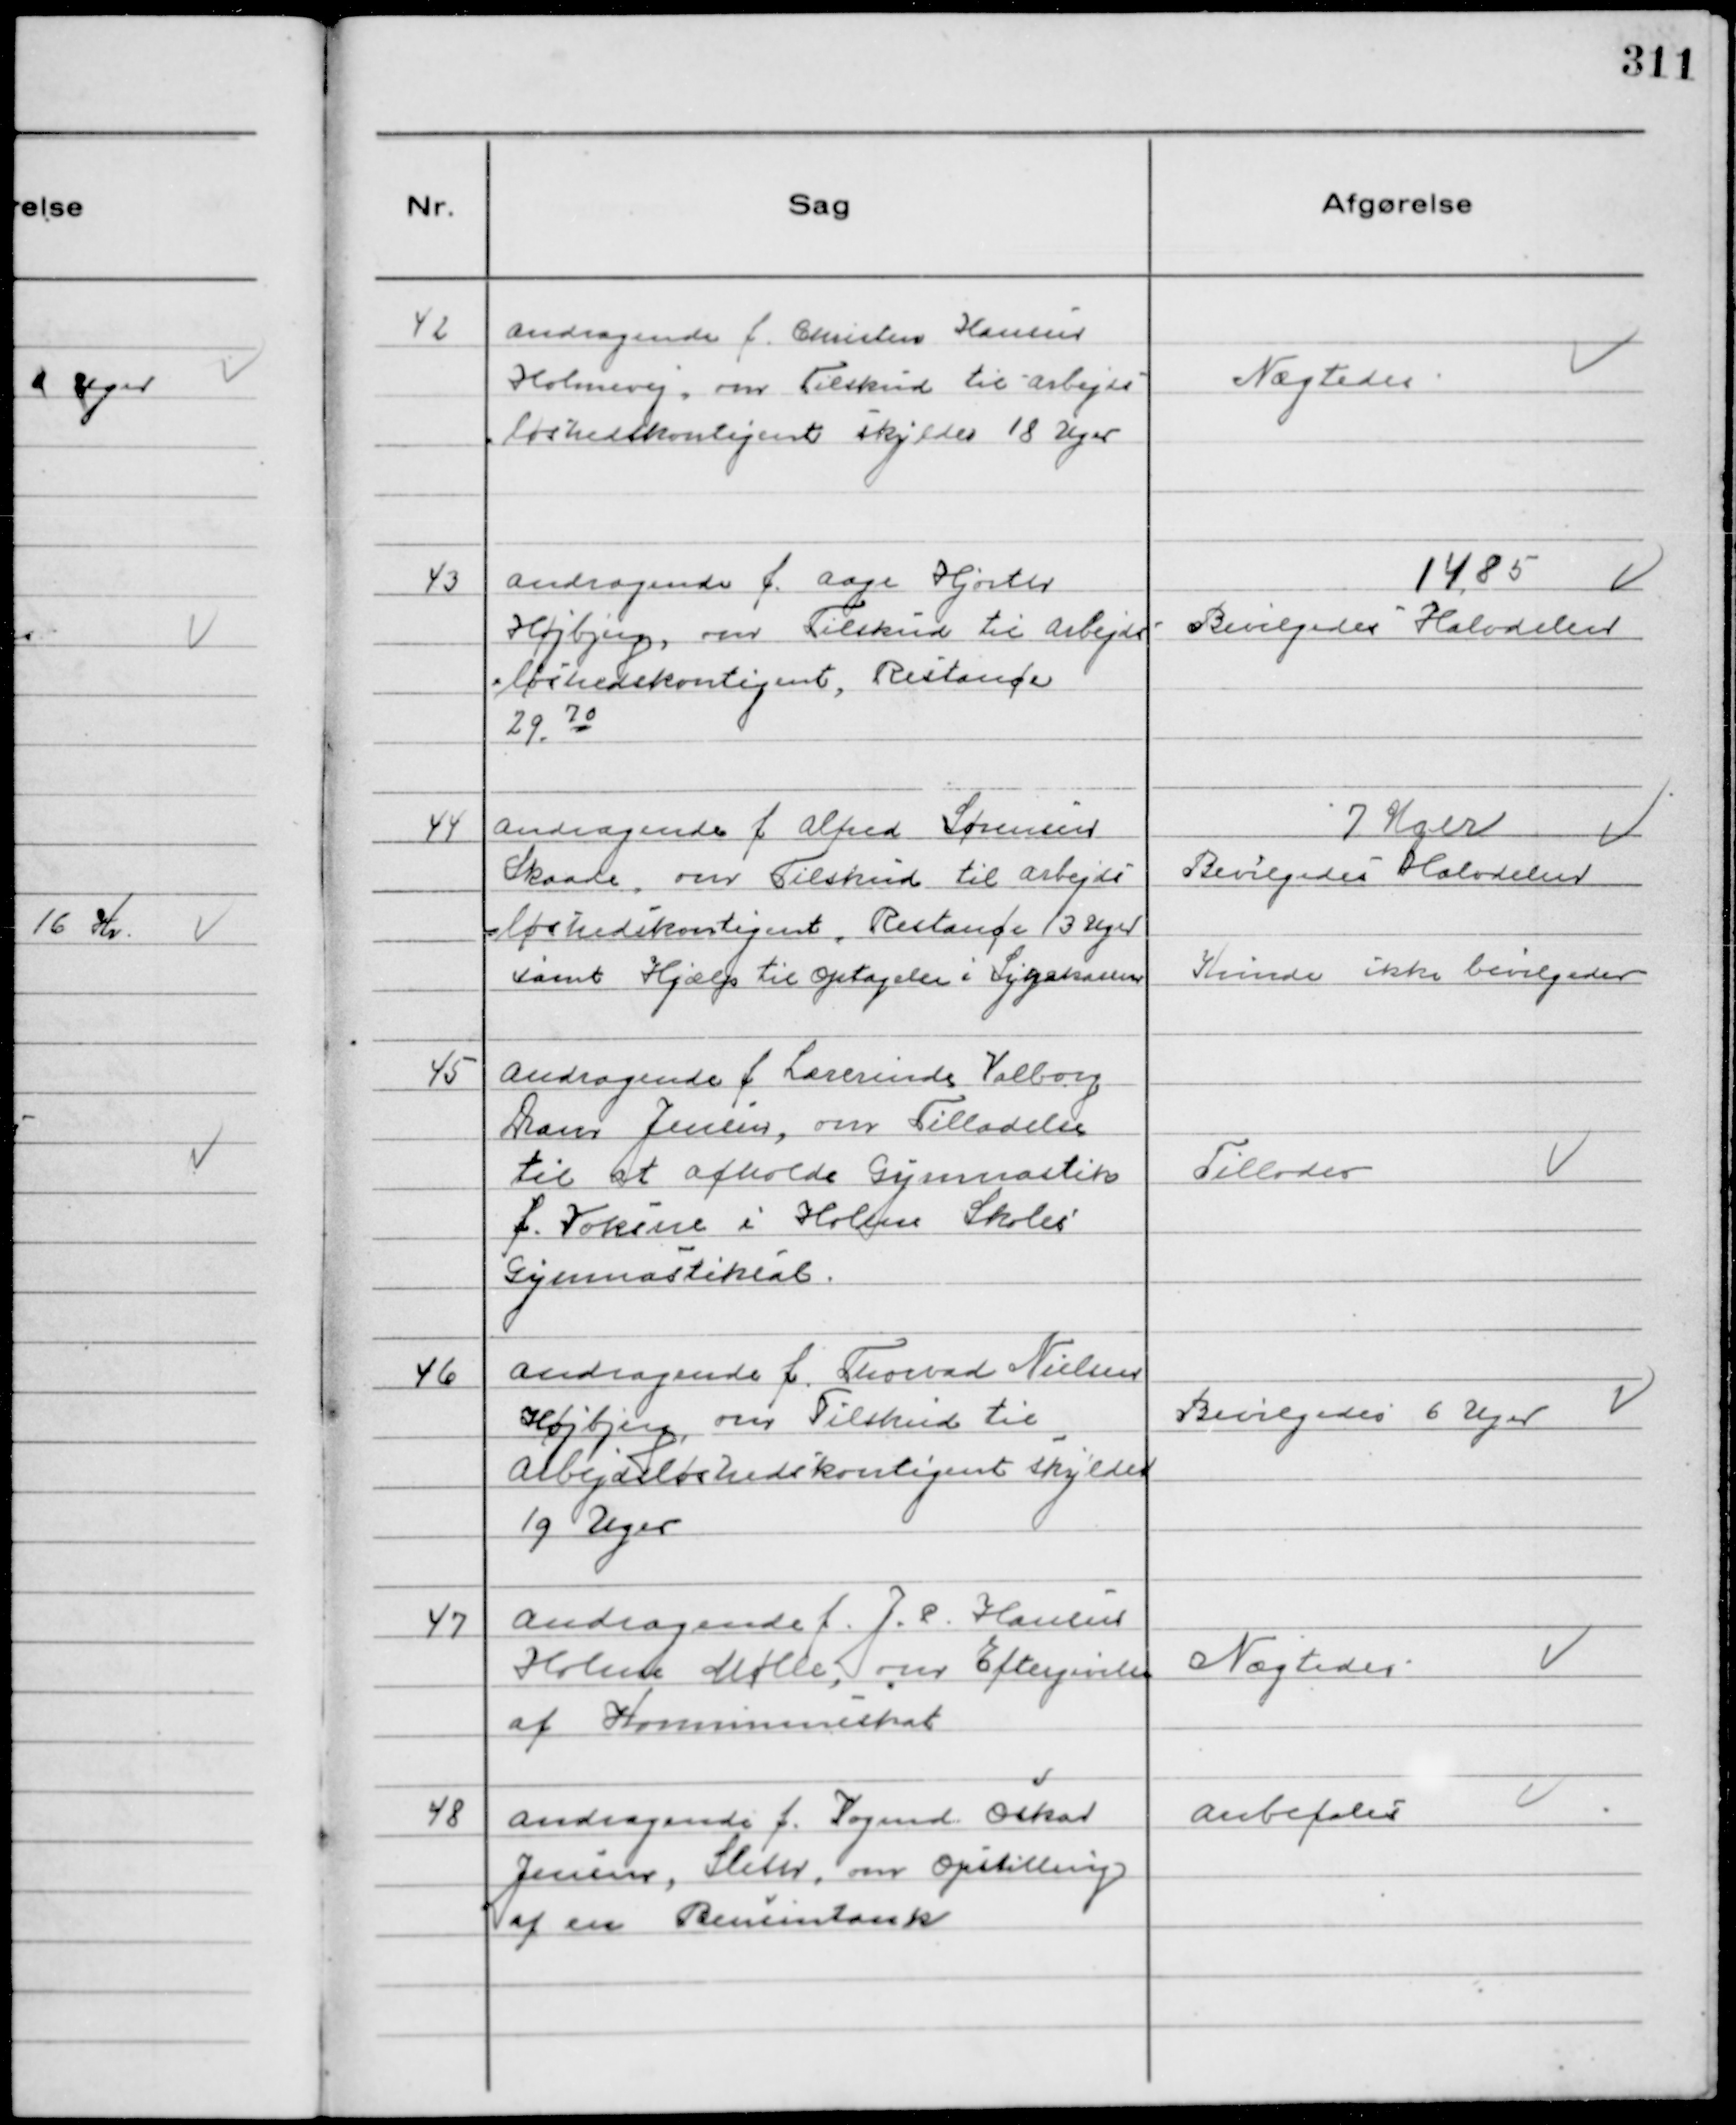
Transskription:
42
Andragende f. Christen Hansen
Holmevej, om Tilskud til Arbejds-
løshedskontigent skylder 18 Uger

Nægtedes

43
Andragende f. Aage Hjorth
Højbjerg, om Tilskud til Arbejds-
løshedskontigent, Restance
29. 70

14, 85
Bevilgedes Halvdelen

44
Andragende f Alfred Sørensen
Skaade, om Tilskud til Arbejds
løshedskontigent. Restance 13 Uger
samt Hjælp til Optagelse i Sygekassen

7 Uger
Bevilgedes Halvdelen
Kunde ikke bevilgedes

45
Andragende f Lærerinde Valborg
Dam Jensen, om Tilladelse
til at afholde Gymnastik
f. Voksne i Holme Skoles
Gymnastiksal.

Tillodes

46
Andragende f. Thorvad Nielsen
Højbjerg, om Tilskud til
Arbejdsløshedskontigent skylder
19 Uger

Bevilgedes 6 Uger

47
Andragende f. J. P. Hansen
Holme Mølle, om Eftergivelse
af Kommuneskat

Nægtedes

48
Andragende f. Vogmd Oskar
Jensen, Sleth, om Opstilling
af en Bensintank

Anbefales